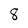
Character: 8